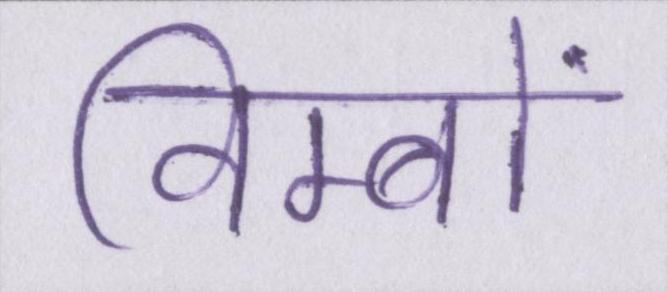
विम्बों